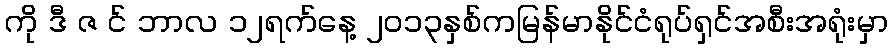
ကို ဒီ ဇ င် ဘာလ ၁၂ရက်နေ့ ၂၀၁၃နှစ်ကမြန်မာနိုင်ငံရုပ်ရှင်အစီးအရုံးမှာ